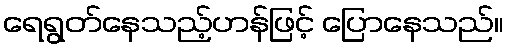
ရေရွတ်နေသည့်ဟန်ဖြင့် ပြောနေသည်။